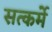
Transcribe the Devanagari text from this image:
सत्कर्मे